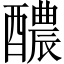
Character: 醲